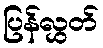
ပြန်လွှတ်